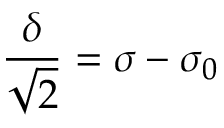
\frac { \delta } { \sqrt { 2 } } = \sigma - \sigma _ { 0 }